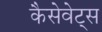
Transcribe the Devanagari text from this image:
कैसेवेट्स